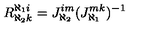
R _ { \aleph _ { 2 } k } ^ { \aleph _ { 1 } i } = J _ { \aleph _ { 2 } } ^ { i m } ( J _ { \aleph _ { 1 } } ^ { m k } ) ^ { - 1 }